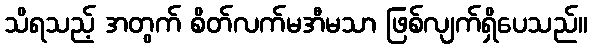
သိရသည့် အတွက် စိတ်လက်မအီမသာ ဖြစ်လျက်ရှိပေသည်။